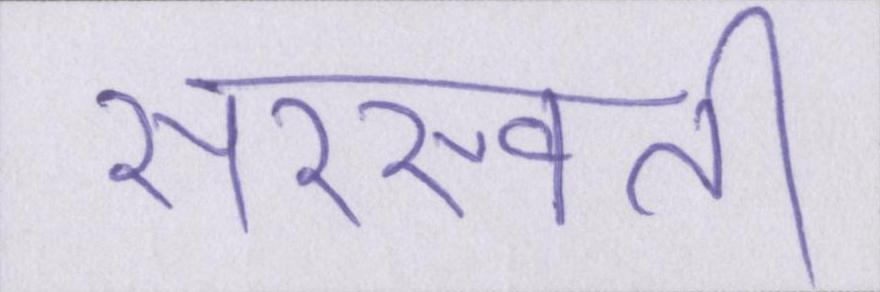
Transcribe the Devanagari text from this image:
सरस्वती